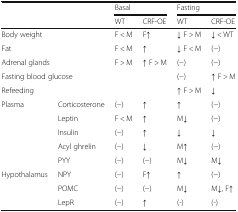
<table><thead><tr><td rowspan="2" colspan="2"></td><td colspan="2"><b>Basal</b></td><td colspan="2"><b>Fasting</b></td></tr><tr><td><b>WT</b></td><td><b>CRF-OE</b></td><td><b>WT</b></td><td><b>CRF-OE</b></td></tr></thead><tbody><tr><td colspan="2">Body weight</td><td>F &lt; M</td><td>F↑</td><td>↓ F &gt; M</td><td>↓ &lt; WT</td></tr><tr><td colspan="2">Fat</td><td>F &lt; M</td><td>↑</td><td>↓ F &lt; M</td><td>(−)</td></tr><tr><td colspan="2">Adrenal glands</td><td>F &gt; M</td><td>↑ F &gt; M</td><td>(−)</td><td>(−)</td></tr><tr><td colspan="2">Fasting blood glucose</td><td></td><td></td><td>(−)</td><td>↑ F &gt; M</td></tr><tr><td colspan="2">Refeeding</td><td></td><td></td><td>↑ F &gt; M</td><td>↓</td></tr><tr><td rowspan="5">Plasma</td><td>Corticosterone</td><td>(−)</td><td>↑</td><td>↑</td><td>(−)</td></tr><tr><td>Leptin</td><td>F &lt; M</td><td>↑</td><td>M↓</td><td>(−)</td></tr><tr><td>Insulin</td><td>(−)</td><td>↑</td><td>↓</td><td>↓</td></tr><tr><td>Acyl ghrelin</td><td>(−)</td><td>↓</td><td>M↑</td><td>(−)</td></tr><tr><td>PYY</td><td>(−)</td><td>(−)</td><td>M↓</td><td>M↓</td></tr><tr><td rowspan="3">Hypothalamus</td><td>NPY</td><td>(−)</td><td>F↑</td><td>↑</td><td>(−)</td></tr><tr><td>POMC</td><td>(−)</td><td>(−)</td><td>M↓</td><td>M↓, F↑</td></tr><tr><td>LepR</td><td>(−)</td><td>↑</td><td>(-)</td><td>(-)</td></tr></tbody></table>